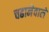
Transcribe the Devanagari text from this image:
चढानेवाले